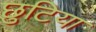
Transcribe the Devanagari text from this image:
छुटिया